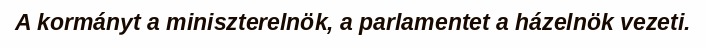
A kormányt a miniszterelnök, a parlamentet a házelnök vezeti.